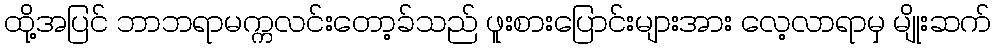
ထို့အပြင် ဘာဘရာမက္ကလင်းတော့ခ်သည် ဖူးစားပြောင်းများအား လေ့လာရာမှ မျိုးဆက်